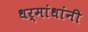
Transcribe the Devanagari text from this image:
धर्मांधांनी